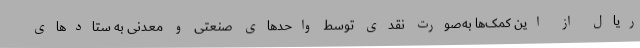
ریال از این کمک‌ها به‌صورت نقدی توسط واحدهای صنعتی و معدنی به ستادهای